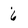
Character: 6